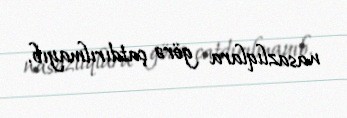
nasazlıqlara görə çatdırılmayıb.